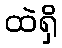
ထဲရှိ